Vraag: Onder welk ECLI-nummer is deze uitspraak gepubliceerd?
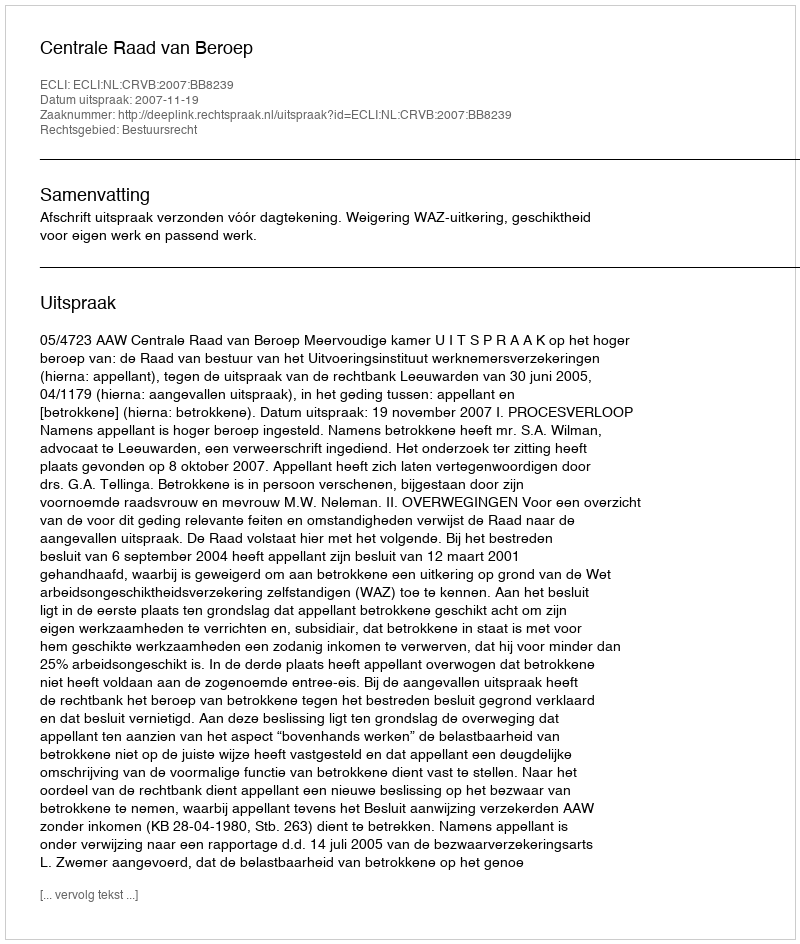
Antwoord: ECLI:NL:CRVB:2007:BB8239